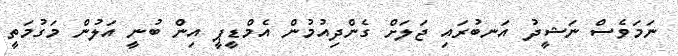
ނަމަވެސް ނަޝީދު އަނބުރައި ޖަލަށް ގެންދިއުމުން އެމްޑީޕީ އިން ބުނީ އަލުން މަގުމަތީ